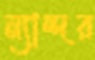
ন্যান্দর